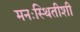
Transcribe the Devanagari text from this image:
मनःस्थितीशी